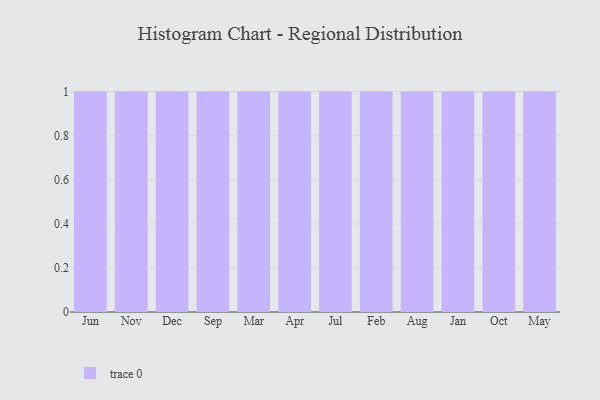
{"axis": {"x": "Month", "y": "Operating Costs (USD K)"}, "legend": [""], "data": [{"x": "Jun", "y": 67, "type": ""}, {"x": "Nov", "y": 8, "type": ""}, {"x": "Dec", "y": 76, "type": ""}, {"x": "Sep", "y": 12, "type": ""}, {"x": "Mar", "y": 53, "type": ""}, {"x": "Apr", "y": 29, "type": ""}, {"x": "Jul", "y": 46, "type": ""}, {"x": "Feb", "y": 68, "type": ""}, {"x": "Aug", "y": 23, "type": ""}, {"x": "Jan", "y": 46, "type": ""}, {"x": "Oct", "y": 61, "type": ""}, {"x": "May", "y": 80, "type": ""}]}